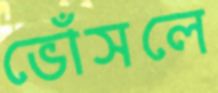
ভোঁসলে